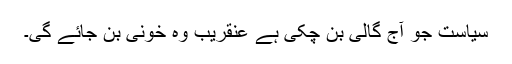
سیاست جو آج گالی بن چکی ہے عنقریب وہ خونی بن جائے گی۔